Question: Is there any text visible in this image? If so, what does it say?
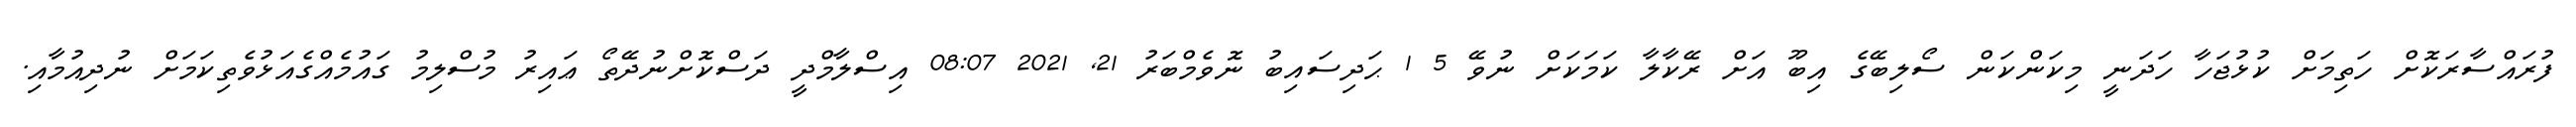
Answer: ފުރައްސާރަކޮށް ހަތިމަށް ކުޅުޖަހާ ހަދަނީ މިކަންކަން ސޯލިބޭގެ އިބޫ އަށް ރޭކާލާ ކަމަކަށް ނުވޭ 5 1 ޙަދިސައިބު ނޮވެމްބަރު 21, 2021 08:07 އިސްލާމްދީ ދަސްކޮށްނުދޭތޯ ޢައިރު މުސްލިމު ގައުމެއްގެއަޅުވެތިކަމަށް ނުދިއުމާއި.